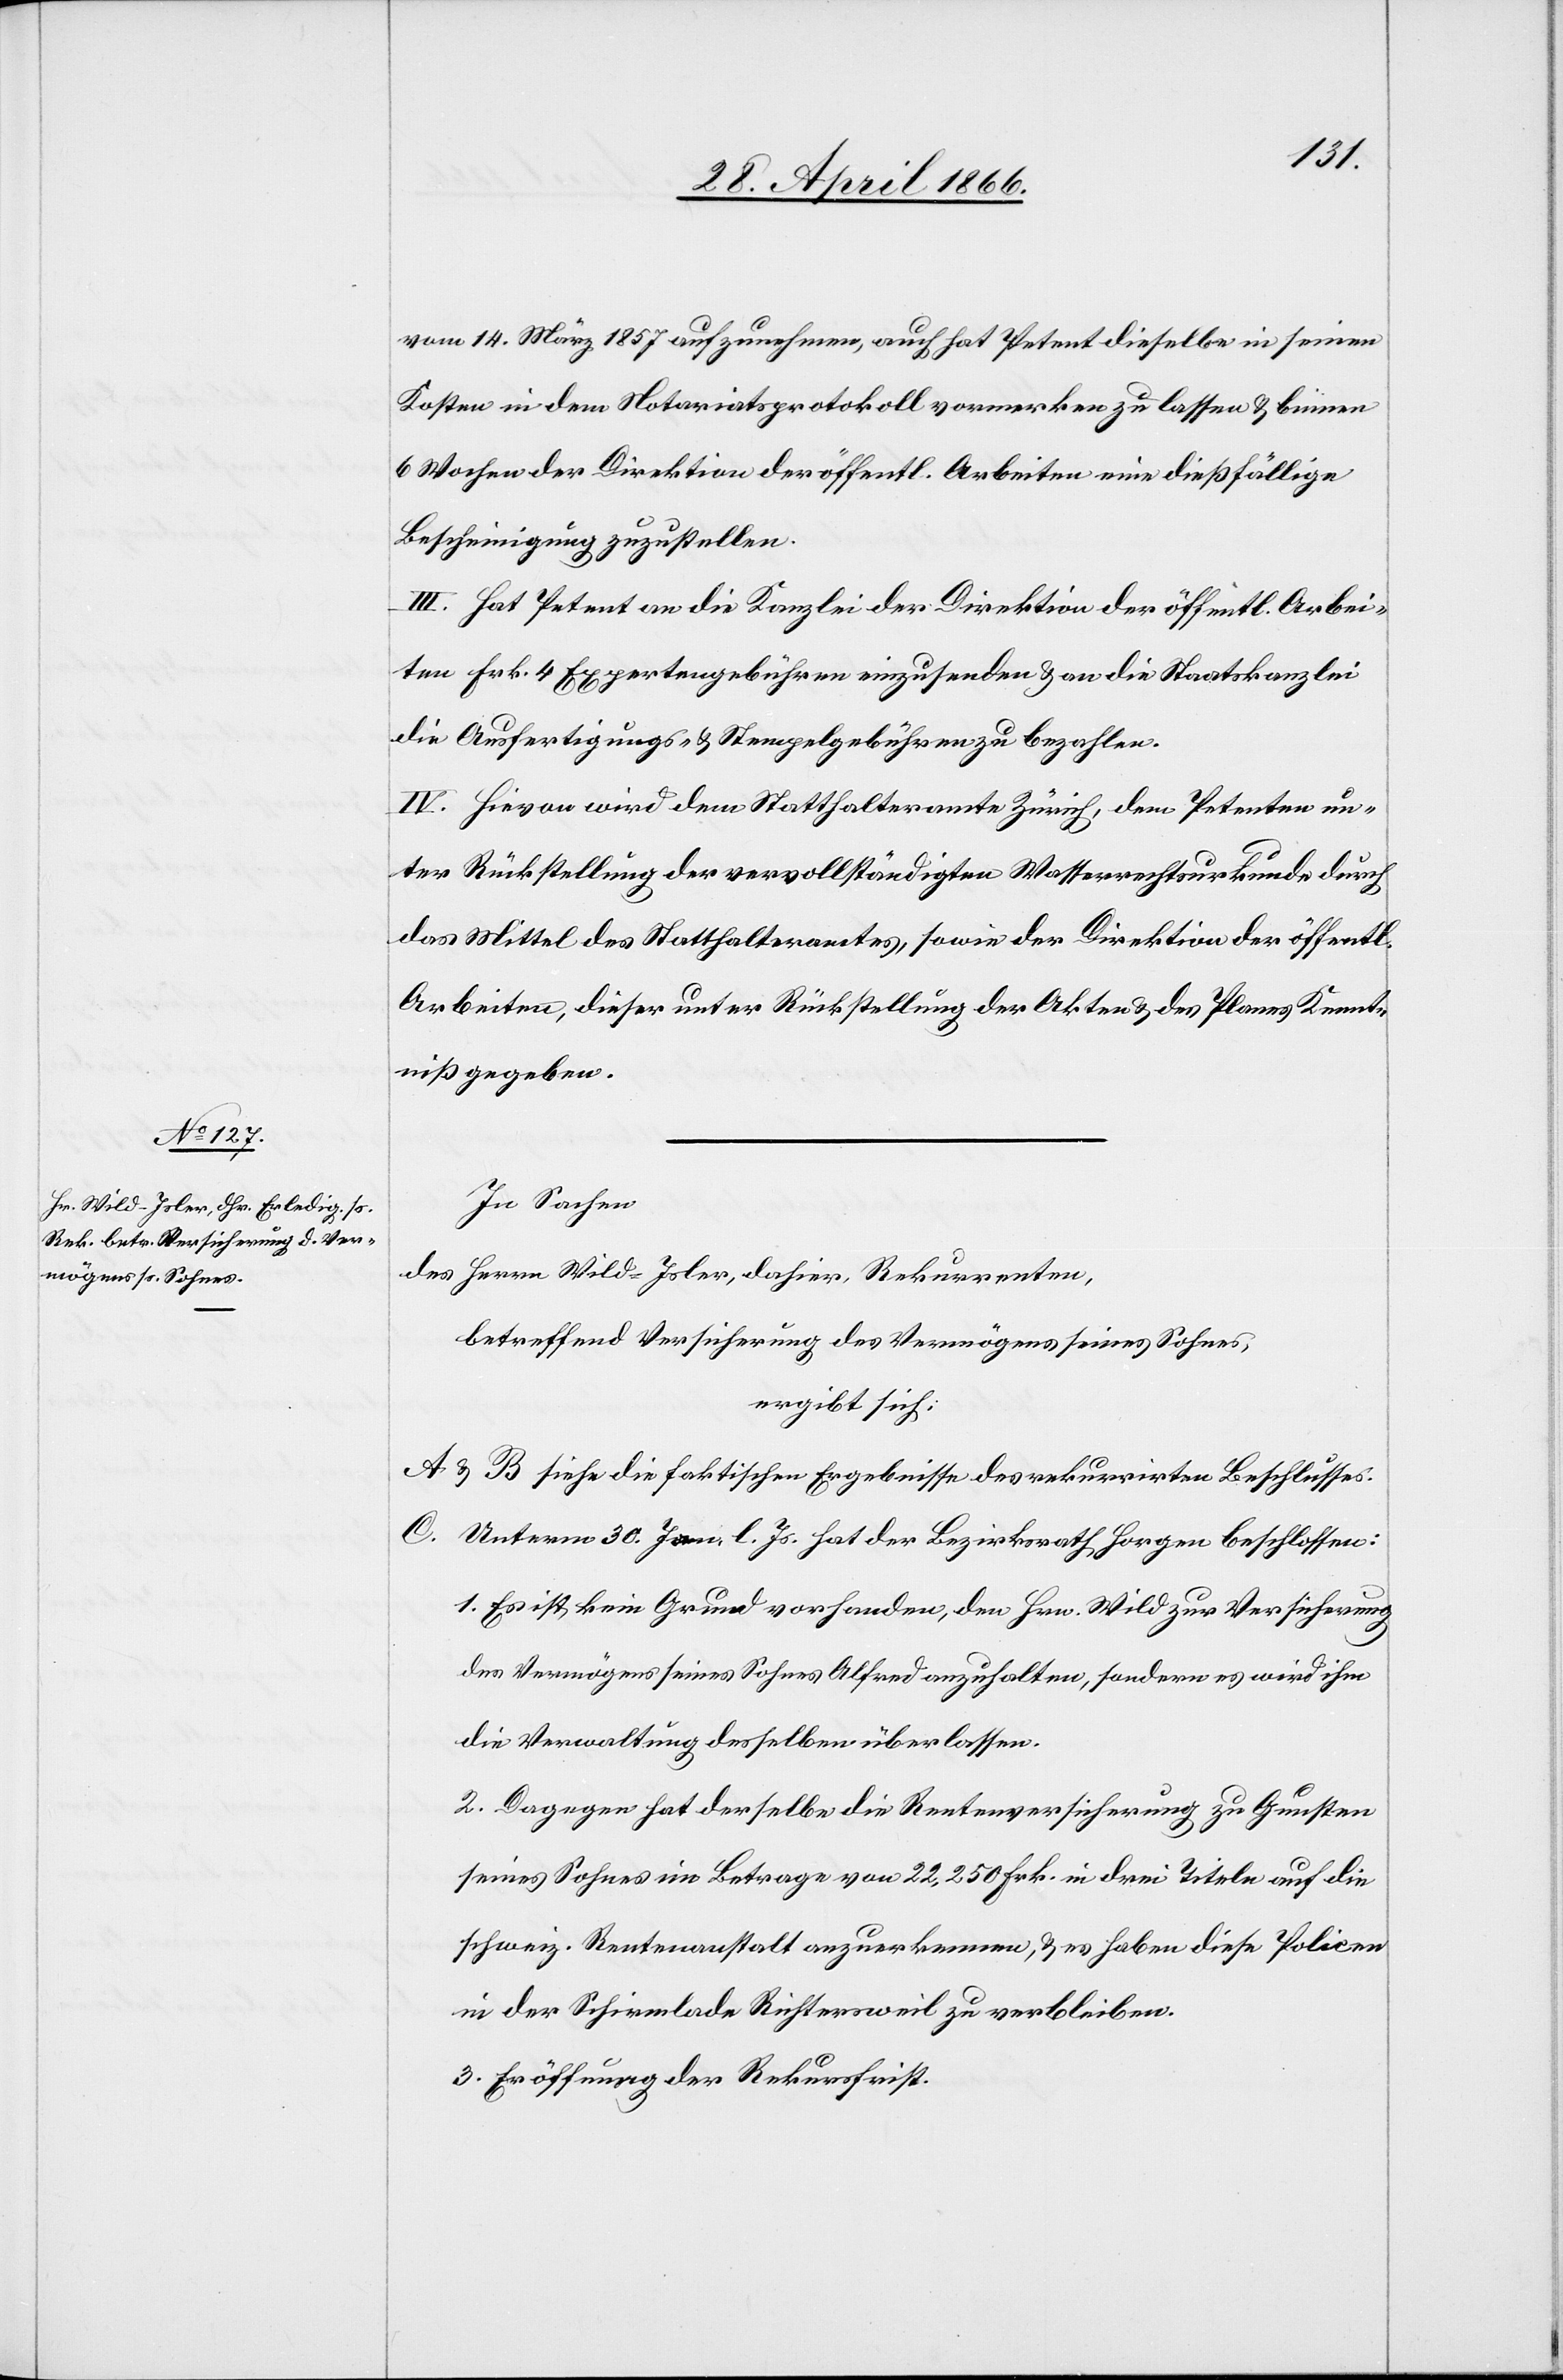
vom 14. März aufzunehmen, auch hat Petent dieselbe in seinen
Kosten in dem Notariatsprotokoll vormerken zu lassen u. binnen
6 Wochen der Direktion der öffentl. Arbeiten eine dießfällige
Bescheinigung zuzustellen.
III. Hat Petent an die Kanzlei der Direktion der öffentl. Arbei¬
ten Frk. 4 Expertengebühren einzusenden u. an die Staatskanzlei
die Ausfertigungs- u. Stempelgebühren zu bezahlen.
IV. Hievon wird dem Statthalteramte Zürich, dem Petenten un¬
ter Rückstellung der vervollständigten Wasserrechtsurkunde durch
das Mittel des Statthalteramtes, sowie der Direktion der öffentl.
Arbeiten, dieser unter Rückstellung der Akten u. des Planes Kennt¬
niß gegeben.
In Sachen
des Herrn Wild-Isler, dahier, Rekurrenten,
betreffend Versicherung des Vermögens seines Sohnes,
ergibt sich:
A u. B siehe die faktischen Ergebnisse des rekurrirten Beschlusses.
C. Unterm 30. [?Juni] l. Js. hat der Bezirksrath Horgen beschlossen:
1. Es ist kein Grund vorhanden, den Hrn. Wild zur Versicherung
des Vermögens seines Sohnes Alfred anzuhalten, sondern es wird ihm
die Verwaltung desselben überlassen.
2. Dagegen hat derselbe die Rentenversicherung zu Gunsten
seines Sohnes im Betrage von 22 250 Frk. in drei Titeln auf die
schweiz. Rentenanstalt anzuerkennen, u. es haben diese Policen
in der Schirmlade Richtersweil zu verbleiben.
3. Eröffnung der Rekursfrist.